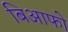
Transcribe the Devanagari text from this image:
बिआफो